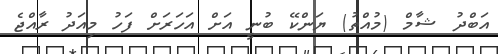
އަބްދު ޝާމް (މުއްތު) ޔަންކޭ ބުނީ އަށް އަހަރަށް ފަހު މިއަދު ރާއްޖެ